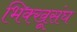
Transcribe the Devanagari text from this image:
भिक्खूसंघ